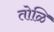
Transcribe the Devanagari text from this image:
तोळि